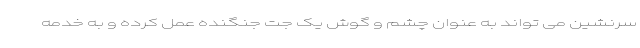
سرنشین می تواند به عنوان چشم و گوش یک جت جنگنده عمل کرده و به خدمه